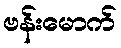
ဗန်းမောက်